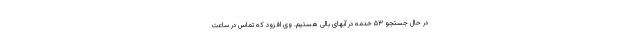
در حال جستجو ۵۳ خدمه در آبهای بالی هستیم. وی افزود که تماس در ساعت